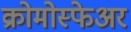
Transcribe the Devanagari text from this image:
क्रोमोस्फेअर